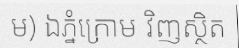
ម) ឯភ្នំក្រោម វិញស្ថិត